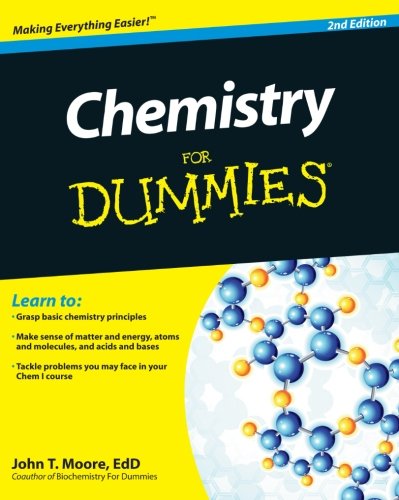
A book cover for Chemistry For Dummies; John T. Moore; Science & Math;